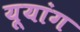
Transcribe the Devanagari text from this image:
यूयांग